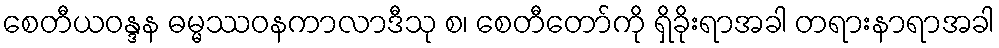
စေတီယဝန္ဒန ဓမ္မဿဝနကာလာဒီသု စ၊ စေတီတော်ကို ရှိခိုးရာအခါ တရားနာရာအခါ